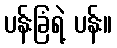
ပန်းခြံရဲ့ ပန်း။